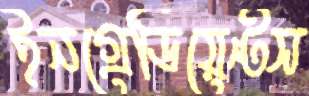
ইনগ্রেডিয়েন্টস